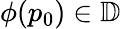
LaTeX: \phi(p_{0})\in\mathbb{D}